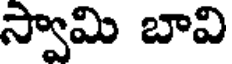
స్వామి బావి